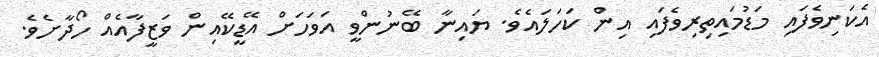
އެކަނިވެފައި މަޑުމައިތިރިވެފައި އިން ކަހަލައެވެ. ޔައިނާ ބޭނުންވީ އަވަހަށް އޭޑީކޭއިން ވަޒީފާއެއް ހޯދާށެވެ.